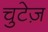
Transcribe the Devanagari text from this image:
चुटेज़